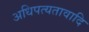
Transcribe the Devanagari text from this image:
अधिपत्यतावादि